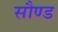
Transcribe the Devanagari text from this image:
सौण्ड